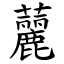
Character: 䕻